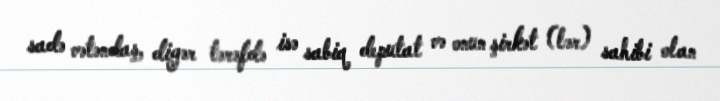
sadə vətəndaş, digər tərəfdə isə sabiq deputat və onun şirkət (lər) sahibi olan